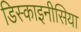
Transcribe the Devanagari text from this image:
डिस्काइनीसिया